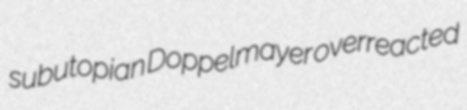
subutopian Doppelmayer overreacted